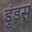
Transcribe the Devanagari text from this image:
डुंडस